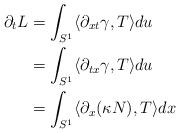
LaTeX: \begin{align*} \partial_{t}L &= \int_{S^{1}}\langle\partial_{xt}\gamma,T\rangle du\\&=\int_{S^{1}}\langle\partial_{tx}\gamma,T\rangle du\\&=\int_{S^{1}}\langle \partial_{x}(\kappa N),T\rangle dx\end{align*}